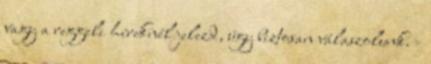
vagy a reggeli híreknél jelezd, úgy biztosan válaszolunk. -